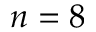
n = 8